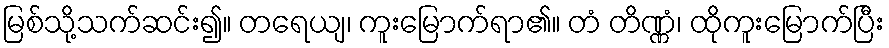
မြစ်သို့သက်ဆင်း၍။ တရေယျ၊ ကူးမြောက်ရာ၏။ တံ တိဏ္ဏံ၊ ထိုကူးမြောက်ပြီး